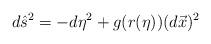
LaTeX: \begin{align*}d\hat{s}^{2}=-d\eta^{2}+g(r(\eta))(d\vec{x})^{2}\end{align*}